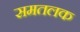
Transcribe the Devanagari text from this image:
समतलक